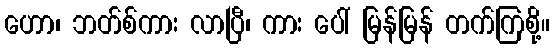
ဟော၊ ဘတ်စ်ကား လာပြီ၊ ကား ပေါ် မြန်မြန် တက်ကြစို့။